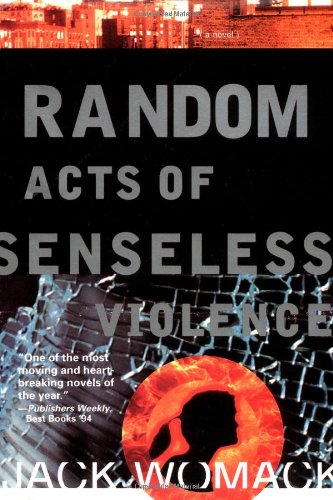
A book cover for Random Acts of Senseless Violence (Jack Womack); Jack Womack; Literature & Fiction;